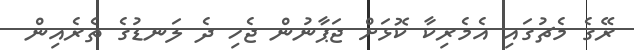
ރޭގެ މެޗުގައި އެމެރިކާ ކޮޅަށް ޖަޕާނުން ޖެހި ދެ ލަނޑުގެ ތެރެއިން